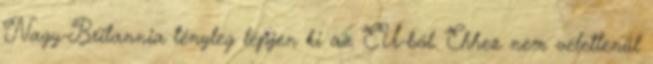
Nagy-Britannia tényleg lépjen ki az EU-ból. Ehhez nem véletlenül